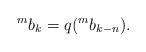
LaTeX: \begin{align*}^mb_k=q ({^m}b_{k-n}).\end{align*}